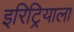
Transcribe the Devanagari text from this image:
इरिट्रियाला